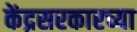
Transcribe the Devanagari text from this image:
केंद्रसरकारच्या